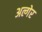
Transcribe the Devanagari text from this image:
अल्गेर